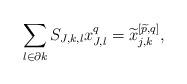
LaTeX: \begin{align*}\sum_{l \in \partial k} S_{J,k,l} x_{J,l}^q =\widetilde{x}_{j,k}^{\left[\widetilde{p},q\right]},\end{align*}